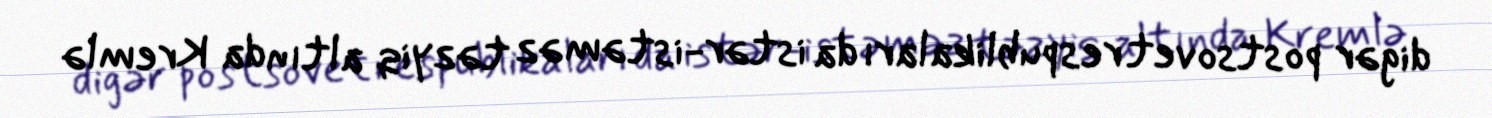
digər postsovet respublikaları da istər-istəməz təzyiq altında Kremlə